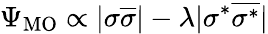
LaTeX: \Psi_{\mathrm{MO}}\propto|\sigma\overline{{\sigma}}|-\lambda|\sigma^{*}\overline{{\sigma^{*}}}|